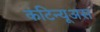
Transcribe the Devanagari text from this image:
कंटिन्यूअस